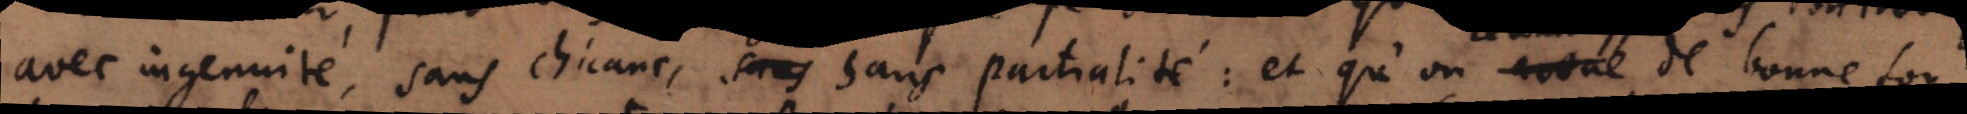
avec ingenuité, sans chicane, sans sans partialité et qu’on : avoue de bonne foy